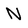
Character: N